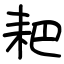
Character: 耙